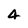
Character: 4